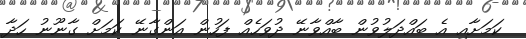
ކަމަށާއި އެ ބައްދަލުވުން ބާއްވާނޭ ދުވަހެއް ފަހުން އަންގާނޭ ކަމަށް ގާނޫނު ހަދާ